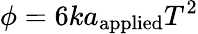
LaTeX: \phi=6ka_{\mathrm{applied}}T^{2}